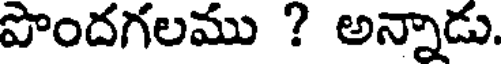
పొందగలము ? అన్నాడు.